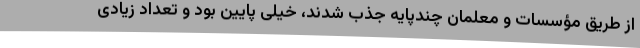
از طریق مؤسسات و معلمان چندپایه جذب شدند، خیلی پایین بود و تعداد زیادی